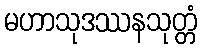
မဟာသုဒဿနသုတ္တံ